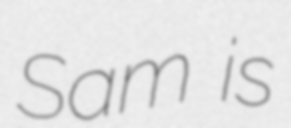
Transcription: Sam is